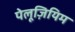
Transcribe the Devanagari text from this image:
पेलूज़ियिम